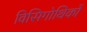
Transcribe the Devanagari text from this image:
विसिगोथिकों